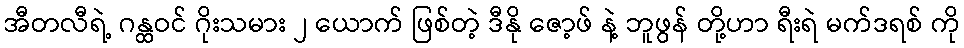
အီတလီရဲ့ ဂန္ထဝင် ဂိုးသမား ၂ ယောက် ဖြစ်တဲ့ ဒီနို ဇော့ဖ် နဲ့ ဘူဖွန် တို့ဟာ ရီးရဲ မက်ဒရစ် ကို